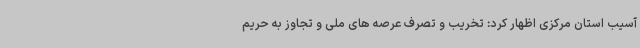
آسیب استان مرکزی اظهار کرد: تخریب و تصرف عرصه های ملی و تجاوز به حریم